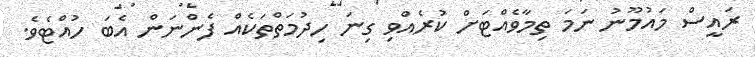
ރައީސް މައުމޫނު ނަމަ ތިމާވެއްޓަށް ކުރެއްވި ގިނަ ހިދުމަތްތަކެއް ފެންނަން އެބަ ހުއްޓެވެ.